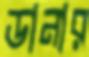
ডানার